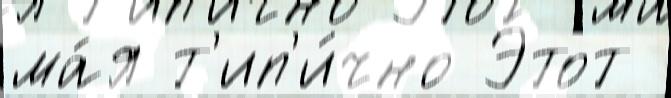
ма́я т'ип'и́чно Э́тот